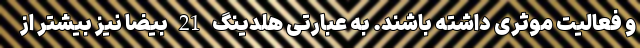
و فعالیت موثری داشته باشند. به عبارتی هلدینگ 21 بیضا نیز بیشتر از